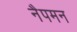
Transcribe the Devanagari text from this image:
नैपमन